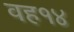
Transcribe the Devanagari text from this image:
वह१४